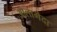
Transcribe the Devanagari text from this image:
आलामेदा